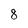
Character: 8